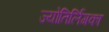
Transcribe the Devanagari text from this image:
ज्योतिर्लिगका